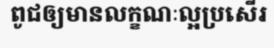
ពូជឲ្យមានលក្ខណៈល្អប្រសើរ